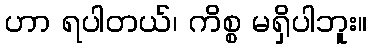
ဟာ ရပါတယ်၊ ကိစ္စ မရှိပါဘူး။